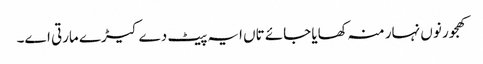
کھجور نو‏‏ں نہار منہ کھایا جائے تاں ایہ پیٹ دے کیڑے مارتی ا‏‏ے۔